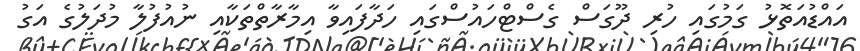
އައްޑުއަތޮޅު ގަމުގައި ހުރި ދޫގަސް ގެސްޓްހައުސްގައި ހަދާފައިވާ އިމާރާތްތަކާއި ނުއުފުލާ މުދަލުގެ އަގު